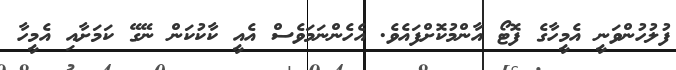
ފުލުހުންވަނީ އެމީހާގެ ފޮޓޯ އާންމުކޮށްފައެވެ. އެހެންނަމަވެސް އެއީ ކާކުކަން ނޭގޭ ކަމަށާއި އެމީހާ